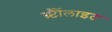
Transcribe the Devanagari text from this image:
ग्र्प्टैैोंलाइट